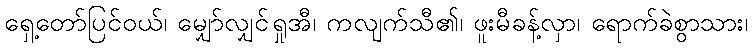
ရှေ့တော်ပြင်ဝယ်၊ မျှော်လျှင်ရှုအီ၊ ကလျက်သီ၏၊ ဖူးမီခန့်လှာ၊ ရောက်ခဲစွာသား၊